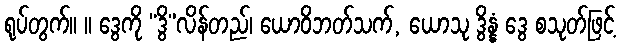
ရုပ်တွက်။ ။ ဒွေကို “ဒွိ”လိန်တည်၊ ယောဝိဘတ်သက်, ယောသု ဒွိန္နံ ဒွေ စသုတ်ဖြင့်